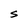
Character: S